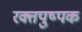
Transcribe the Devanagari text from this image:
रक्तपुष्पक